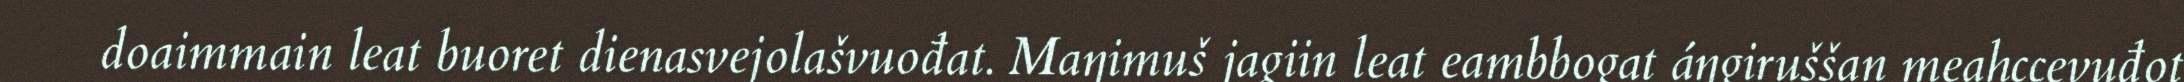
doaimmain leat buoret dienasvejolašvuođat. Maŋimuš jagiin leat eambbogat áŋgiruššan meahccevuđot